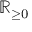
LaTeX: \mathbb { R } _ { \geq 0 }